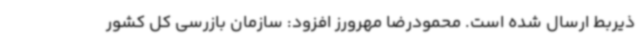
ذیربط ارسال شده است. محمودرضا مهرورز افزود: سازمان بازرسی کل کشور